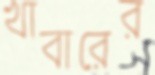
খাবারের